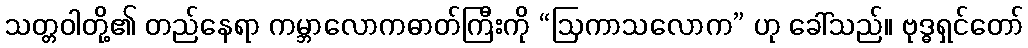
သတ္တဝါတို့၏ တည်နေရာ ကမ္ဘာလောကဓာတ်ကြီးကို “ဩကာသလောက” ဟု ခေါ်သည်။ ဗုဒ္ဓရှင်တော်